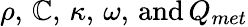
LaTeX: \rho,\, \mathbb{C},\, \kappa,\, \omega,\, \textrm{{and}}\, Q_{met}